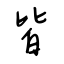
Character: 皆